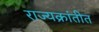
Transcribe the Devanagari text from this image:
राज्यक्रांतीत